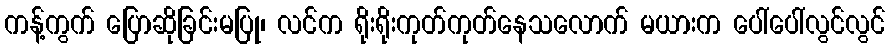
ကန့်ကွက် ပြောဆိုခြင်းမပြု၊ လင်က ရိုးရိုးကုတ်ကုတ်နေသလောက် မယားက ပေါ်ပေါ်လွင်လွင်